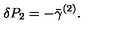
\delta P _ { 2 } = - \bar { \gamma } ^ { ( 2 ) } .